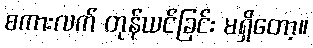
စကားလက် တုန်ယင်ခြင်း မရှိတော့။